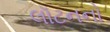
લૉટનનો